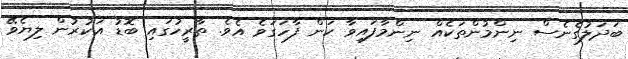
ބަދަލުގެނެސް ނިންމުންތަކެއް ނިންމާފައިވާ ކަން ފާހަގަވެ އެވެ. ތާރީހުގައި ބޮޑު އަކުރުން ލިޔެވޭ